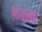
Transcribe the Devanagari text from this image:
विमुखाः